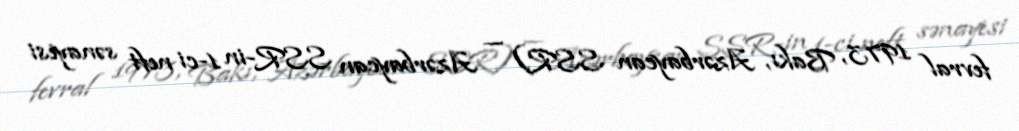
fevral 1973, Bakı, Azərbaycan SSR) — Azərbaycan SSR-in 1-ci neft sənayesi